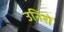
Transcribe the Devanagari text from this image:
उनिशे